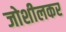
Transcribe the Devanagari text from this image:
जोशीलकर